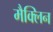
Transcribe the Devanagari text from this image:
मैक्लिन